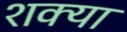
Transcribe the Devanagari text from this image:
शक्या